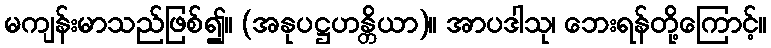
မကျန်းမာသည်ဖြစ်၍။ (အနုပဋ္ဌဟန္တိယာ)။ အာပဒါသု၊ ဘေးရန်တို့ကြောင့်။